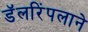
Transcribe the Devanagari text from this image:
डॅलरिंपलाने